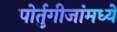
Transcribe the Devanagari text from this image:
पोर्तुगीजांमध्ये